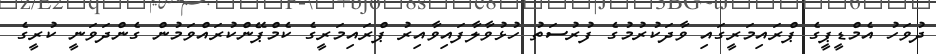
ދުވަހު އެމްޑީޕީގެ ޕްރައިމަރީގައި ވާދަކުރުމުގެ ފުރުސަތު ހުޅުވާލާފައިިވާއިރު ޕްރައިމަރީގެ ކެމްޕޭންކުރައްވަމުން ގެންދަވަނީ ކުރީގެ